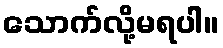
သောက်လို့မရပါ။